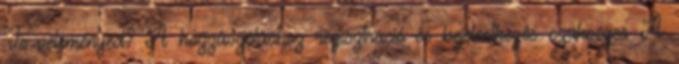
Te véleményed? A hozzászóláshoz regisztráció és bejelentkezés szükséges A